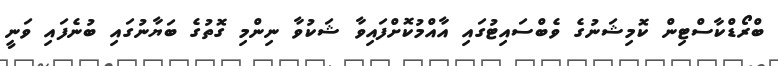
ބްރޯޑްކާސްޓިން ކޮމިޝަނުގެ ވެބްސައިޓުގައި އާއްމުކޮށްފައިވާ ޝަކުވާ ނިންމި ގޮތުގެ ބަޔާނުގައި ބުނެފައި ވަނީ